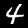
Digit: 4